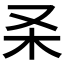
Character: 𰗑